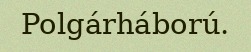
Polgárháború.